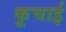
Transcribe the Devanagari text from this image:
कूचाई